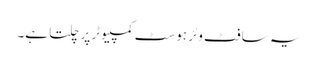
یہ سافٹ وئر ہوسٹ کمپیوٹر پر چلتا ہے۔